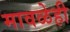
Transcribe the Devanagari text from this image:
मावळेही